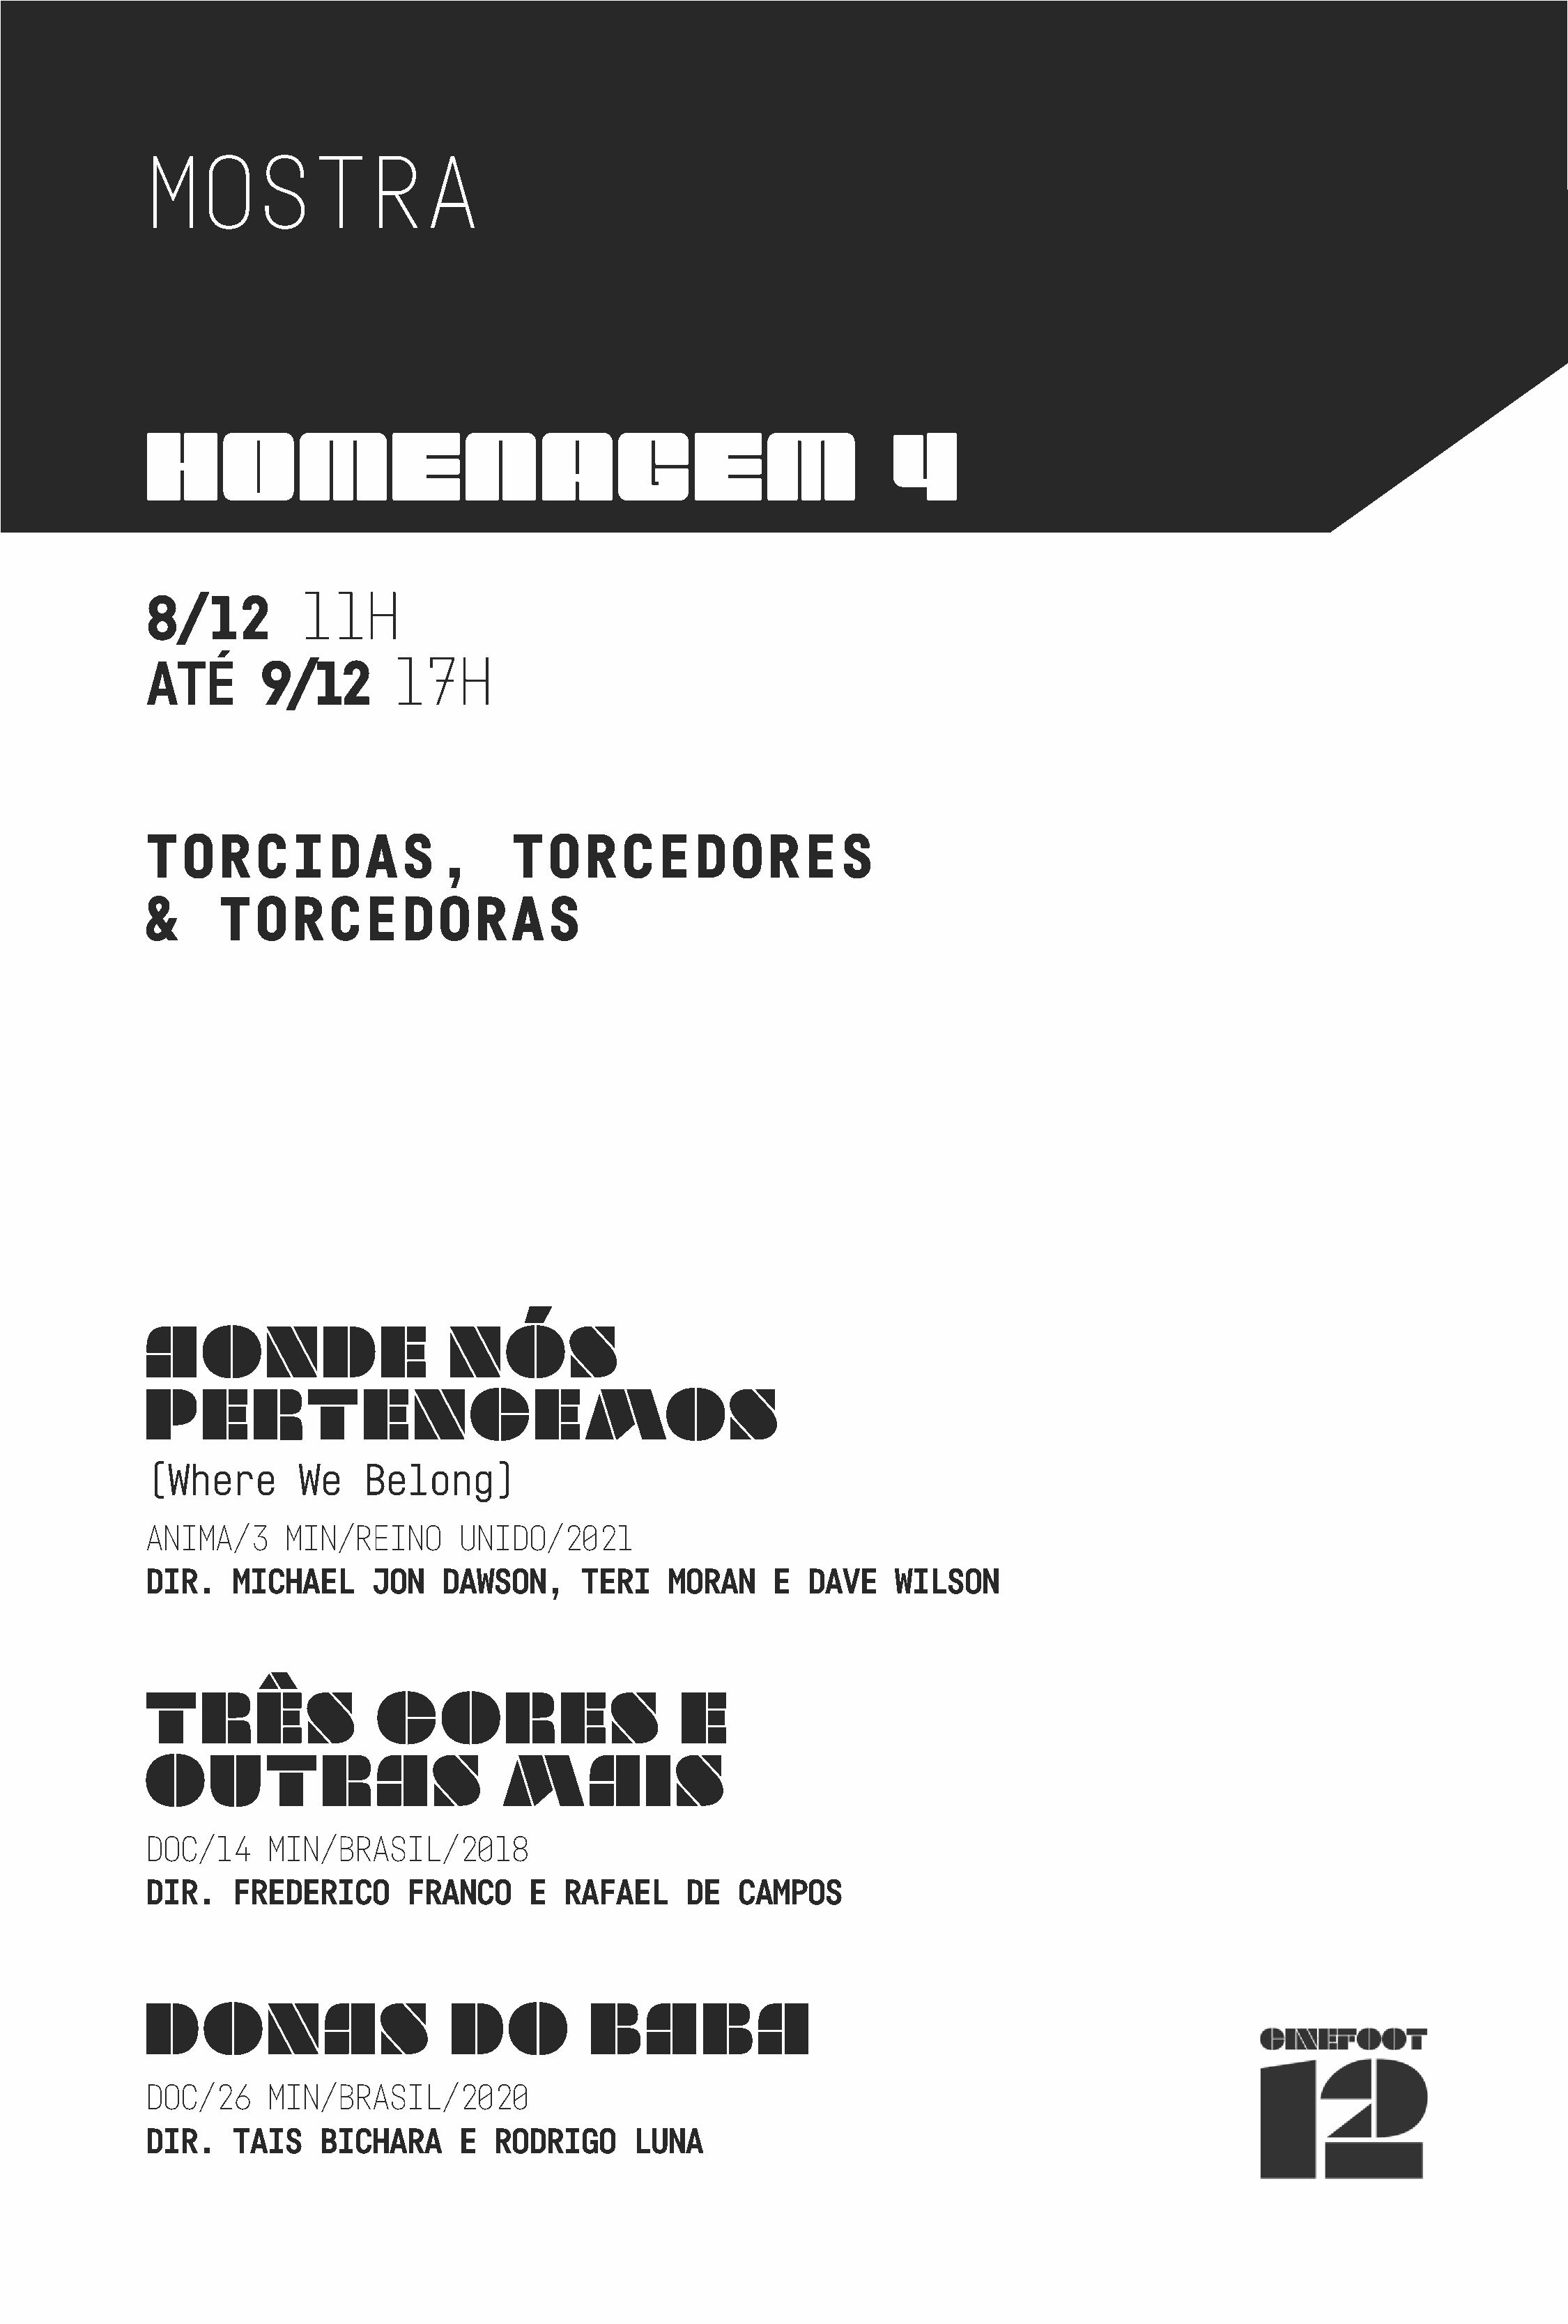
MOSTRA
 HOMENAGEM                                                              4
 11H
 8/12
 17H
 ATÉ        9/12
 TORCIDAS,                          TORCEDORES
 &      TORCEDORAS
 AONDE                        NÓS
 PERTENCEMOS
 (Where        We    Belong)
 ANIMA/3      MIN/REINO        UNIDO/2021
 DIR.    MICHAEL      JON    DAWSON,      TERI    MORAN     E   DAVE    WILSON
 TRÊS                  CORES                        E
 OUTRAS                            MAIS
 DOC/14     MIN/BRASIL/2018
 DIR.    FREDERICO        FRANCO     E   RAFAEL     DE   CAMPOS
 DONAS                        DO           bAbA
 DOC/26     MIN/BRASIL/2020
 DIR.    TAIS    BICHARA       E  RODRIGO      LUNA